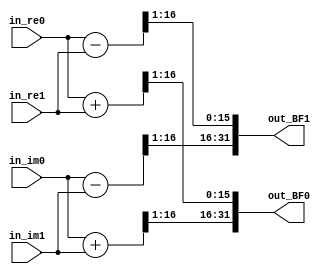
//////////////////////////////////////////////////////////////////////////////////
// Company: Pusan National University
// 
// Design Name: Butterfly Unit
// Module Name: BF
// Project Name: Dual-port FFT
// Target Devices: 
// Tool Versions: 
// Description: 
// 
// Dependencies: 
// 
// Revision:
// Revision 0.01 - File Created
// Additional Comments:
// 
//////////////////////////////////////////////////////////////////////////////////


module BF(
    input signed [15:0] in_re0,
    input signed [15:0] in_im0,
    input signed [15:0] in_re1,
    input signed [15:0] in_im1,
    
    output signed [31:0] out_BF0,
    output signed [31:0] out_BF1
    );
    
    wire signed [16:0] tmp_re0;
    wire signed [16:0] tmp_im0;
    wire signed [16:0] tmp_re1;
    wire signed [16:0] tmp_im1;
    
    assign tmp_re0 = in_re0 - in_re1;
    assign tmp_re1 = in_re0 + in_re1;
    
    assign tmp_im0 = in_im0 - in_im1;
    assign tmp_im1 = in_im0 + in_im1;
    
    assign out_BF0 = {tmp_im1[16:1],tmp_re1[16:1]};
    assign out_BF1 = {tmp_im0[16:1],tmp_re0[16:1]};
    
endmodule